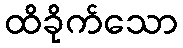
ထိခိုက်သော